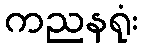
ကညနရုံး